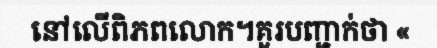
នៅលើពិភពលោក។គួរបញ្ជាក់ថា «